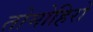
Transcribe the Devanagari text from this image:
तोमोहिरो